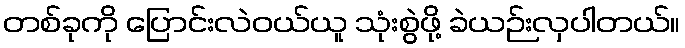
တစ်ခုကို ပြောင်းလဲဝယ်ယူ သုံးစွဲဖို့ ခဲယဉ်းလှပါတယ်။